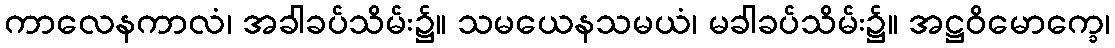
ကာလေနကာလံ၊ အခါခပ်သိမ်း၌။ သမယေနသမယံ၊ မခါခပ်သိမ်း၌။ အဋ္ဌဝိမောက္ခေ၊